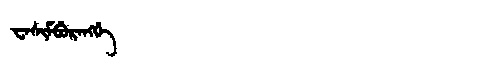
Manchu: ᠸᠠᠰᡳᠮᠪᡠᡵᠠᠩᡤᡝ
Romanization: WASIMBURANGGE